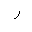
Letter: _ra